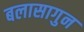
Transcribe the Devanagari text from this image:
बलासागुन